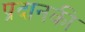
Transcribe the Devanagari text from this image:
प्रदानकी